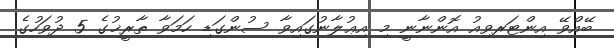
ބޭއްވޭ އިންޓަރވިއު އޮންނާނީ މި އިޢުލާނުގައިވާ ސުންގަޑި ހަމަވާ ތާރީޚުގެ 5 ދުވަހުގެ